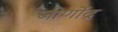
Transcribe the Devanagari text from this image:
जीर्णोद्र